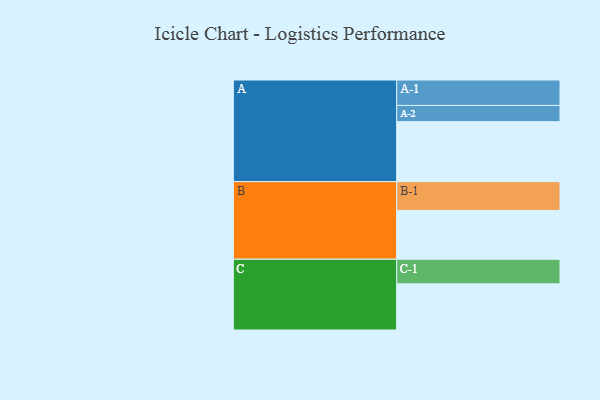
{"axis": {"x": "Segment", "y": "Value"}, "legend": ["", "A", "B", "C"], "data": [{"x": "A", "y": 589, "type": ""}, {"x": "B", "y": 479, "type": ""}, {"x": "C", "y": 453, "type": ""}, {"x": "A-1", "y": 250, "type": "A"}, {"x": "A-2", "y": 159, "type": "A"}, {"x": "B-1", "y": 283, "type": "B"}, {"x": "C-1", "y": 242, "type": "C"}]}